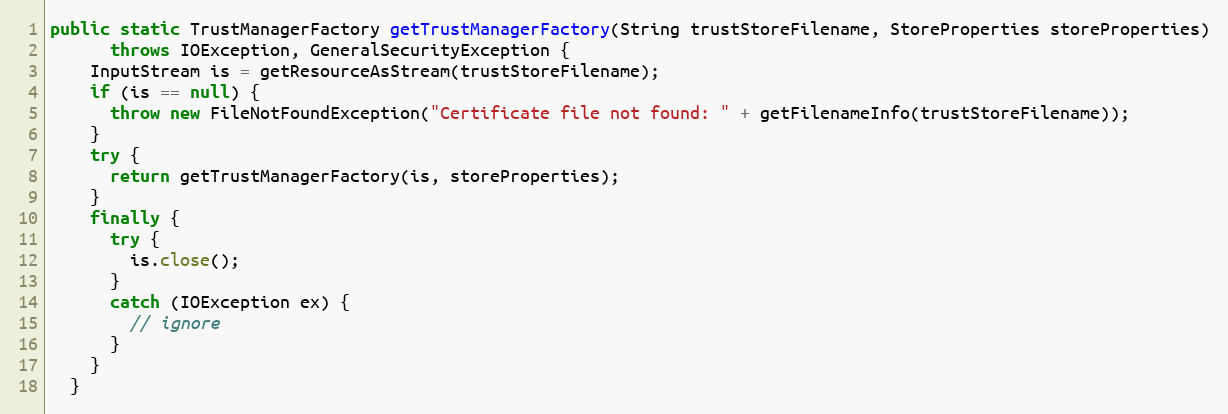
Language: Java
public static TrustManagerFactory getTrustManagerFactory(String trustStoreFilename, StoreProperties storeProperties)
      throws IOException, GeneralSecurityException {
    InputStream is = getResourceAsStream(trustStoreFilename);
    if (is == null) {
      throw new FileNotFoundException("Certificate file not found: " + getFilenameInfo(trustStoreFilename));
    }
    try {
      return getTrustManagerFactory(is, storeProperties);
    }
    finally {
      try {
        is.close();
      }
      catch (IOException ex) {
        // ignore
      }
    }
  }